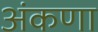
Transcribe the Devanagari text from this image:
अंकणा